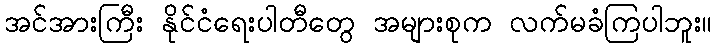
အင်အားကြီး နိုင်ငံရေးပါတီတွေ အများစုက လက်မခံကြပါဘူး။